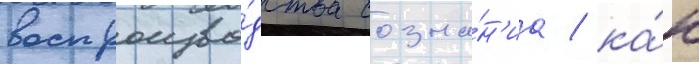
воспроизво́дства созна́н'иа / ка́к